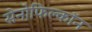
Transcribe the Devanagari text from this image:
सेनोफिल्कॉन